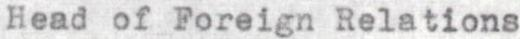
Head of Foreign Relations